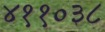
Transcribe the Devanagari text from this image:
४११०३८